Bréfritari: Stefanía Siggeirsdóttir
Viðtakandi: Páll Pálsson
Dagsetning: A-1867-05-01
Skrifað á: Hraungerði  Árn.
Stefanía var bróðurdóttir Páls Pálssonar

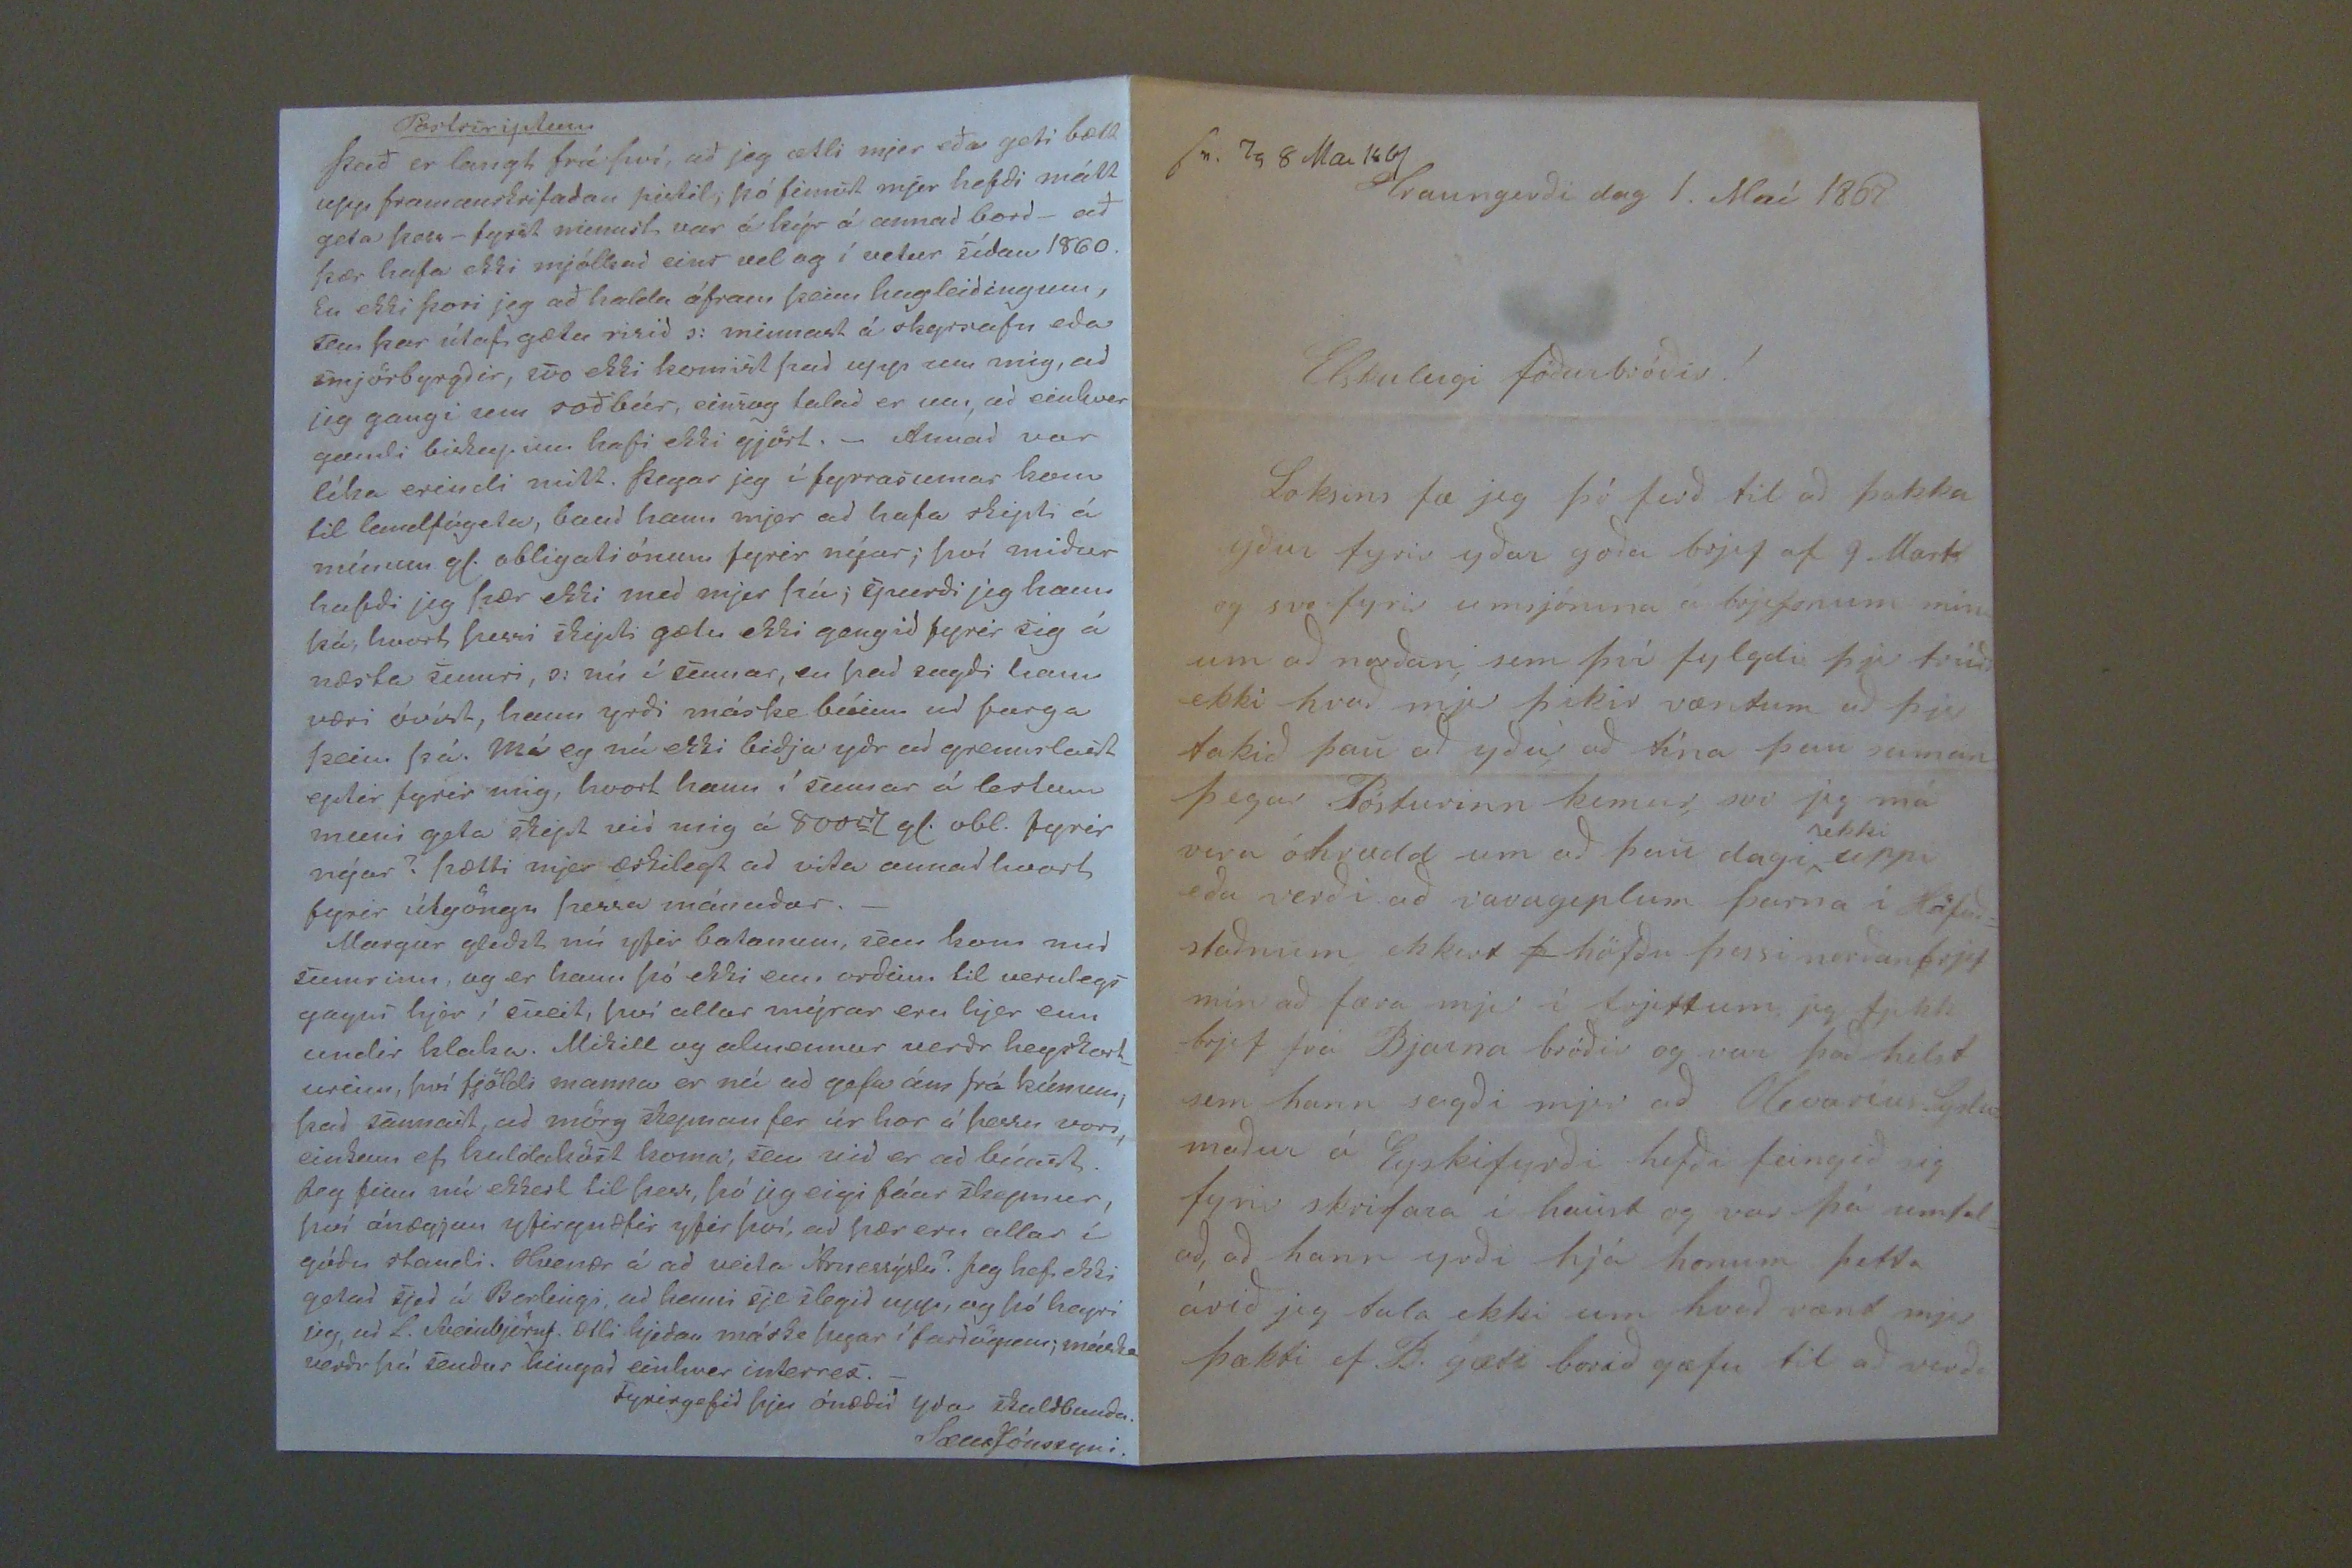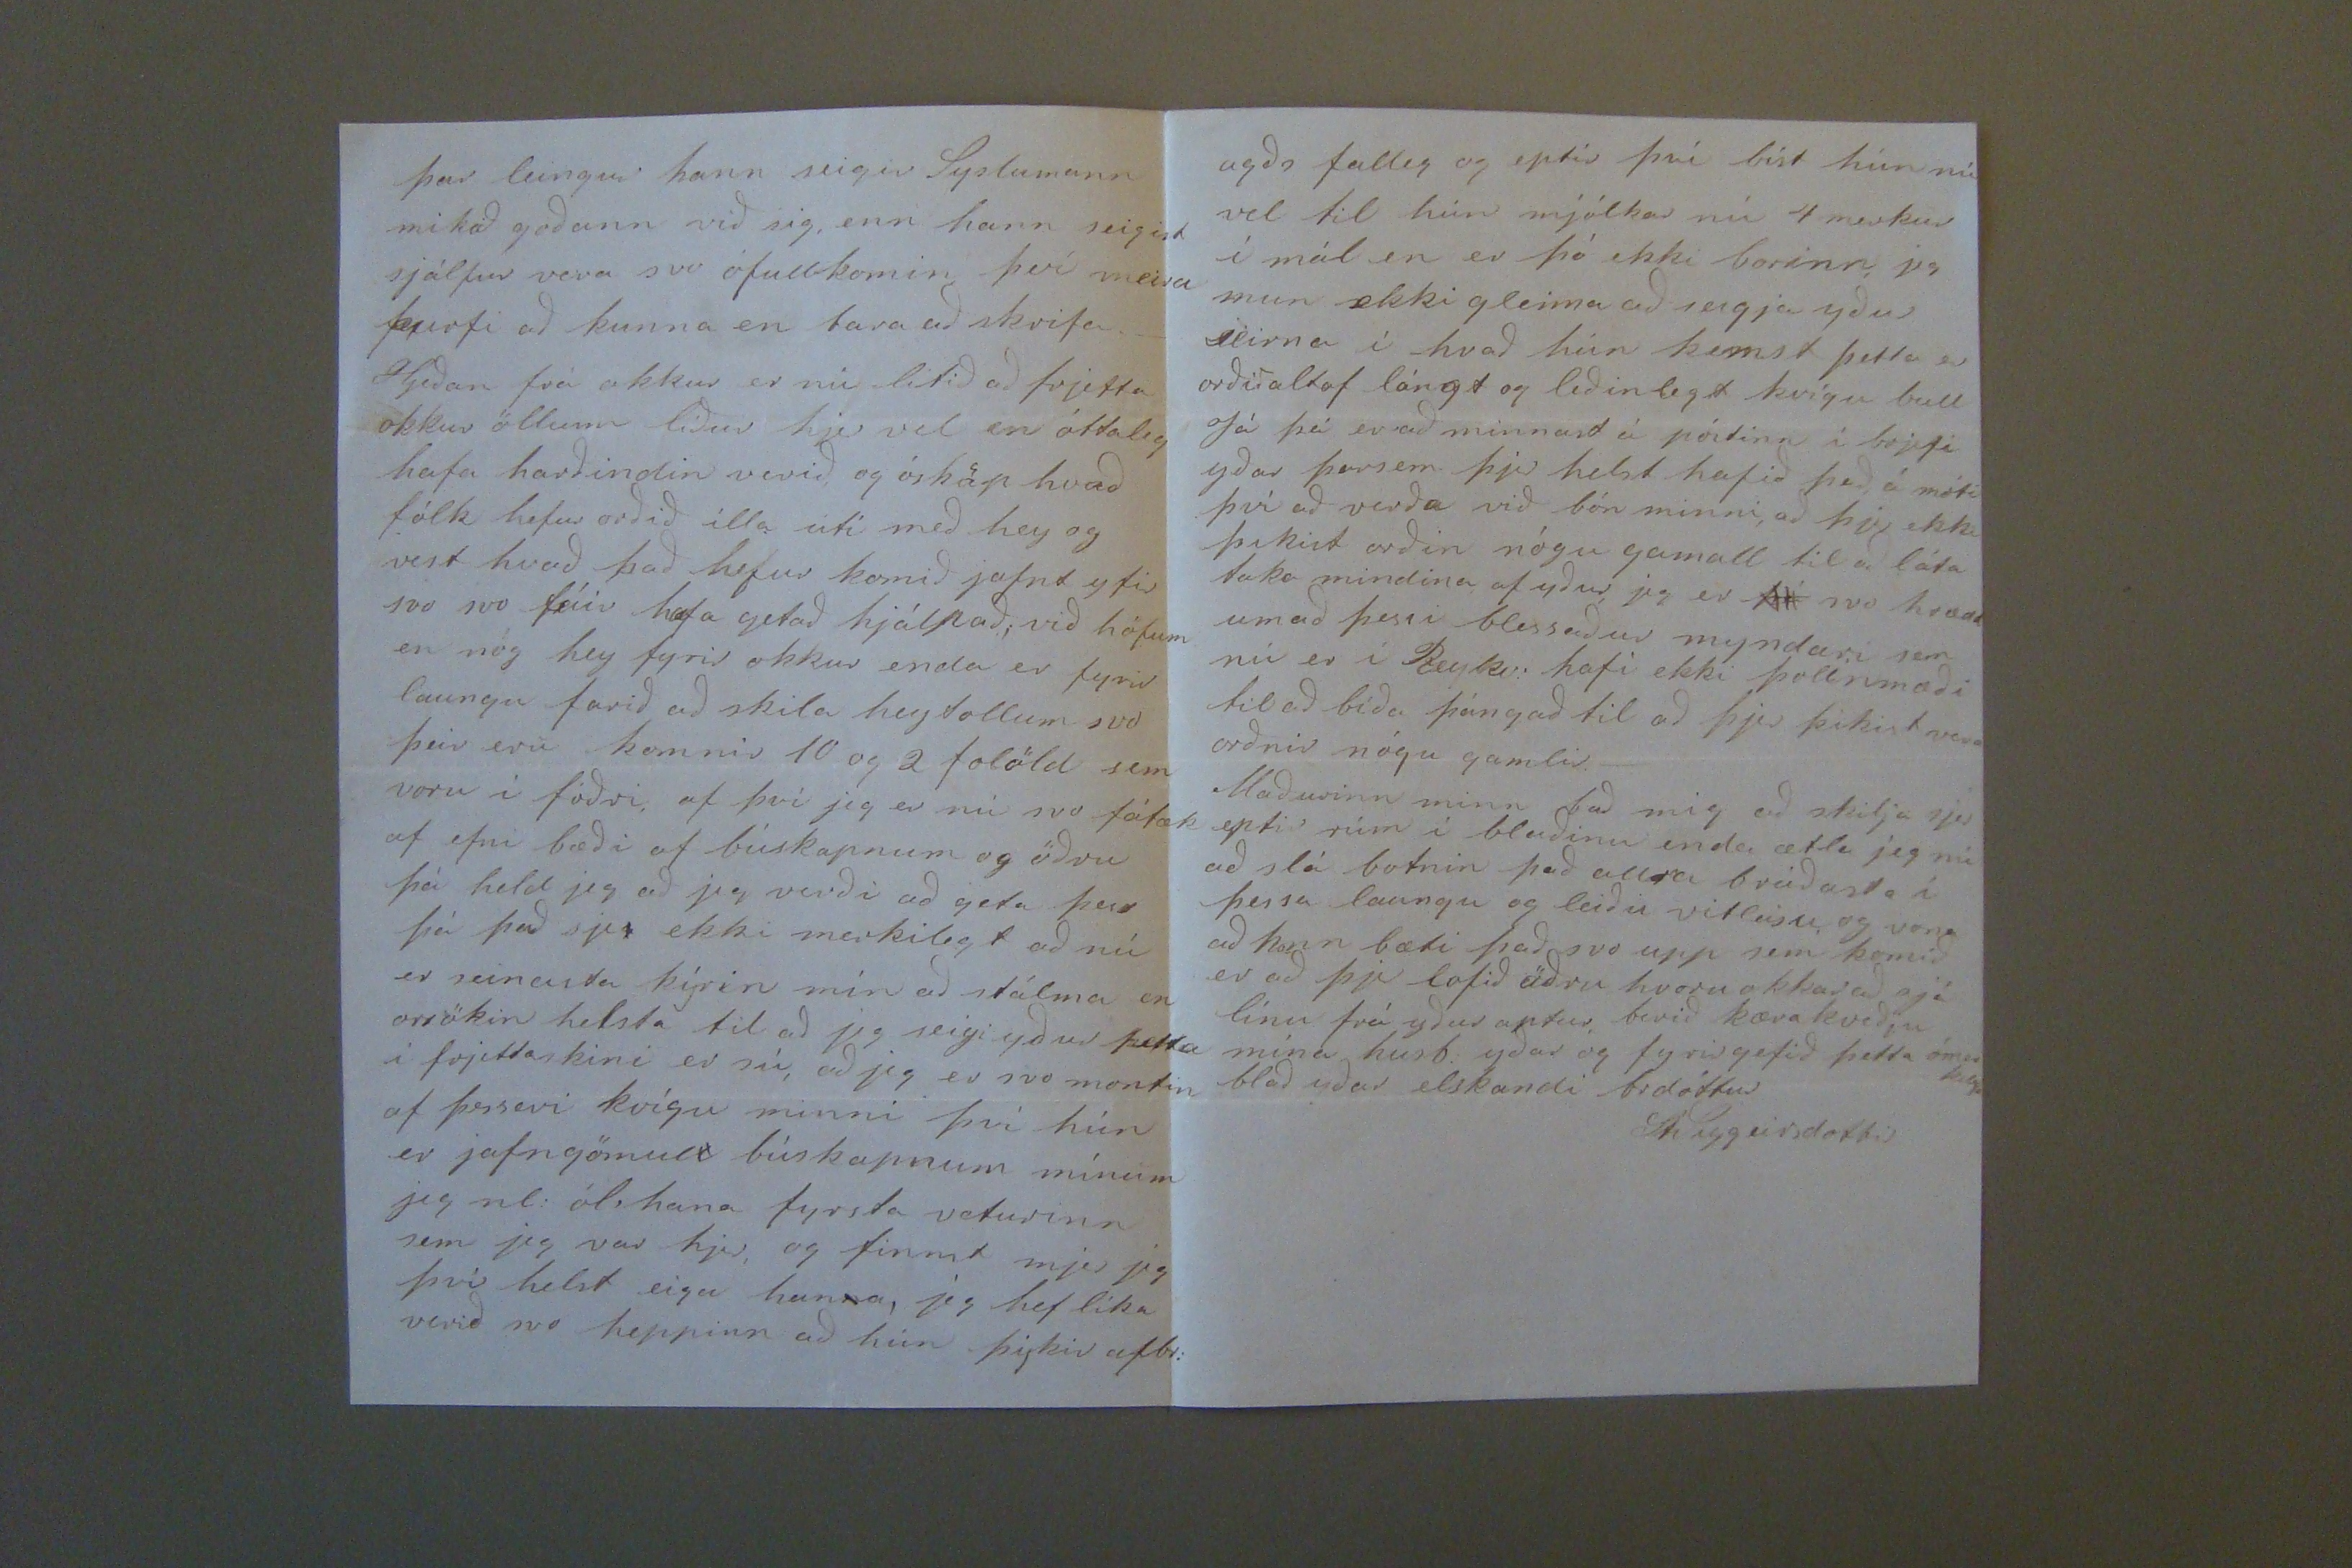

sv.
00
8 Mai 1867 Hraungerði dag 1. Maí 1867
Elskulegi föðurbróðir !
Loksins fæ jeg þó ferð til að þakka yður fyrir yðar goða brjef af 9. Marts og svo fyrir umsjónina á brjefonum mín um að norðan sem því fylgdi þjer trúði ekki hvað mjer þikir væntum að þjer takið þau að yður að tína þau saman þegar Pósturinn kemur, svo jeg má vera óhrædd um að þau dagi
ekki
uppi eða verði að
varagiplum
þarna í Höfuð= staðnum ekkert
þ
höfðu þessi norðanbrjef min að færa mjer í frjettum jeg fjekk brjef frá Bjarna bróðir og var það helst sem hann sagði mjer að Olivarius Syslu= maður á Eyskifyrði hefði feingið sig fyrir skrifara í haust og var þá umtal= að, að hann yrði hjá honum þetta árið jeg tala ekki um hvað vænt mjer þækti ef B. gæti borið gæfu til að verða
þar leingur hann seigir Syslumann mikið goðann við sig, enn hann seigist sjálfur vera svo ófullkomin því meira þurfi að kunna en fara að skrifa._ Hjeðan frá okkur er nú litið að frjetta okkur öllum líður hjer vel en óttaleg hafa harðindin verið, og ósköp hvað fólk hefur orðið illa úti með hey og vest hvað það hefur komið jafnt yfir svo svo fáir hafa getað hjálpað; við höfum en nóg hey fyrir okkur enda er fyrir laungu farið að skila heydollum svo þeir eru komnir 10 og 2 folöld sem voru í fóðri, af því jeg er nú svo fátæk af efni bæði af búskapnum og öðru þá held jeg að jeg verði að geta þar þá það sje ekki merkilegt að nú er seinasta kýrin mín að stálma en orsökin helsta til að jeg seigi yður þetta í frjettaskini er sú, að jeg er svo montin af þessari kvígu minni því hún er jafngömul búskapnum mínum jeg nl: ól hana fyrsta veturinn sem jeg var hjer, og finnst mjer jeg því helst eiga hana, jeg hef líka verið svo heppinn að hún þykir afbr:
agðs falleg og eptir því bíst hún nú vel til hún mjólkar nú 4 merkur í mál en er þó ekki borinn, jeg mun ekki gleima að seigja yður seirna í _hvað hún kemst þetta er orðið altof lángt og leðinlegt kvígu bull Já þá er að minnast á póstinn í brjefi yðar þarsem þjer helst hafið það á móti því að verða við bón minni, að þjer ekki þikist orðin nógu gamall til að láta taka mindina af yður, jeg er svo hrædd um að þessi blessaður myndari sem nú er í Reykv: hafi ekki þolinmæði til að bíða þángað til að þjer þikist vera orðnir nógu gamlir._ Maðurinn minn bað mig að skilja sjer eptir rúm í blaðinu enda ætla jeg nú að slá botnin það allra bráðasta í þessa laungu og leiðu vitleisu og vona að hann bæti það svo upp sem komið er að þjer lofið öðru hvoru okkur að sjá línu frá yður aptur, berið kæra kveðju mína husb. yðar og fyrirgefið þetta ómerka blað yðar elskandi brdóttur
St Siggeirsdottir
Postscriptum
Það er langt frá því, að ég ætli mjer eða geti bætt upp, framandskrifaðan pistil; þó finnst mjer hefði mátt geta þess_ fyrst minnst var á kýr á annad bord_ að þær hafa ekki mjólkað eins vel og í vetur sídan 1860. En ekki þori jeg að halda áfram þeim hugleidingum, sem þær útaf gætu risið s: minnast á skyrsnafn eda smjörbyrgðir, svo ekki komist þad upp um mig, að jeg gangi um soðbúr, einsog talað er um, að einhver gamli biskup um hafi ekki gjört._ Annad var líka erindi mitt. þegar jeg í fyrrasumar kom til landfógeta, baud hann mjer ad hafa skipti á mínum gl. obligadiónum fyrir nýar; því miður hafði jeg þær ekki med mjer þá; spurði jeg hann þá; hvort þessi i
Eydi
gætu ekki gengid fyrir sig á næsta sumri, o: nú í sumar, en þad sagði hann væri óvíst, hann yrði máske búinn ad farga þeim þá. má eg nú ekki biðja yðr ad grennslast eptir fyrir mig, hvort hann í sumar á lestum muni geta skipt vid mig á 800
00 yl. obl.
fyrir nýar? þætti mjer æskilegt ad vita annadhvort fyrir útgöngu þessa mánadar._ Margur gleðst nú yfir balanum, sem kom med sumrinu, og er hann þó ekki enn orðinn til verulegs gagns hjer í sveit, því allar mýrar eru hjer enn undir klaka. Mikill og
idusamur
verðr heyska
rt
urinn, því fjöldi manna er nú ad gefa ám frá kúnum; þad sannast, ad mörg skepnan fer úr hor á þessu vori, einkum ef kuldaköst koma; sem vid er ad búast. Jeg finn nú ekkert til þess, þó jeg eigi fáar skepnur því ánægjan yfirgnæfir yfir því, ad þær eru allar í góðu standi. Hvenær á ad veita Árnessýslu? Jeg hefi ekki getad sjed á
Berlengi,
ad henni sje slegið upp, og þó heyri jeg, ad L. Sveinbjörns. ætli hjeðan máske þegar í fardögum; máske verðr þá sendur hingað einhver
inderrex._
Fyrirgefið þjer ónæðið yðra skuldbundn.
SæmrJónssyni.